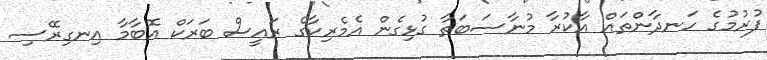
ފުރުމުގެ ހަނދާންތައް އާކުރާ މުނާސަބަތާ ގުޅިގެން އެމެރިކާގެ ރައީސް ބަރަކް އޮބާމާ އިނގިރޭސި